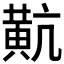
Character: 𪎵